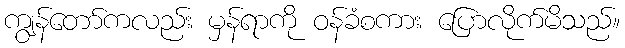
ကျွန်တော်ကလည်း မှန်ရာကို ဝန်ခံစကား ပြောလိုက်မိသည်။